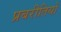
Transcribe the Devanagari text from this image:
प्रबरीतियों